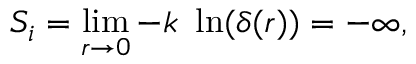
S _ { i } = \operatorname* { l i m } _ { r \rightarrow 0 } - k \ \ln ( \delta ( r ) ) = - \infty ,